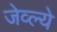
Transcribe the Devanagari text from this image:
जेव्ल्ये